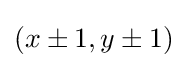
\textstyle (x\pm 1,y\pm 1)